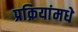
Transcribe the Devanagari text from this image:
प्रक्रियांमधे